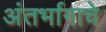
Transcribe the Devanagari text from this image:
अंतर्भागाचे